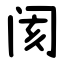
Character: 阂